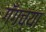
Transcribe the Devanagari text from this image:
गँगच्या